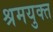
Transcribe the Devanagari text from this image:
श्रमयुक्त